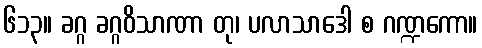
၆၁၃။ ခဂ္ဂ ခဂ္ဂဝိသာဏာ တု၊ ပလာသာဒေါ စ ဂဏ္ဍကော။